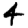
Digit: 4